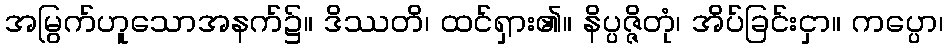
အမြွက်ဟူသောအနက်၌။ ဒိဿတိ၊ ထင်ရှား၏။ နိပ္ပဇ္ဇိတုံ၊ အိပ်ခြင်းငှာ။ ကပ္ပော၊